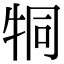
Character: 𤙓